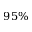
9 5 \%